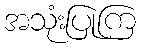
အသုံးပြုကြ